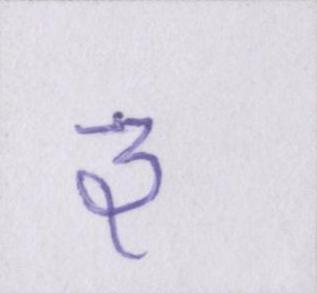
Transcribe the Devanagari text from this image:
३